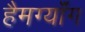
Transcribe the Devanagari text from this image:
हैमग्यॉंग